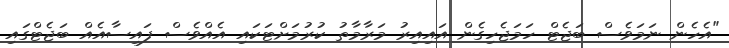
"އެހެން ނަމަވެސް ބަޖެޓް ހަމަޖެހިގެން އައިއިރު މަރާމާތު ކުރުމަށްޓަކައި އެއްވެސް ފައިސާއެއް ބަޖެޓްގައި